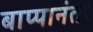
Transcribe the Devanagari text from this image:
बाप्पानंतर